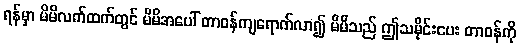
ရန်မှာ မိမိလက်ထက်တွင် မိမိအပေါ် တာဝန်ကျရောက်လာ၍ မိမိသည် ဤသမိုင်းပေး တာဝန်ကို